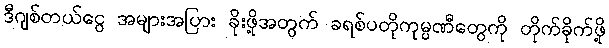
ဒီဂျစ်တယ်ငွေ အများအပြား ခိုးဖို့အတွက် ခရစ်ပတိုကုမ္ပဏီတွေကို တိုက်ခိုက်ဖို့